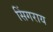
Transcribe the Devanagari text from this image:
सिंगराय